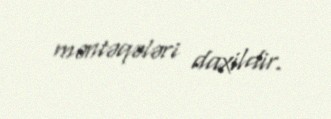
məntəqələri daxildir.